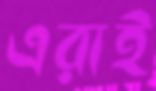
এরাই